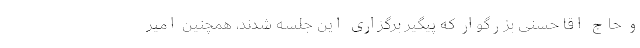
و حاج اقا حسنی بزرگوار که پیگیر برگزاری این جلسه شدند، همچنین امیر